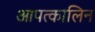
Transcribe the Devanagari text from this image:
आपत्कालिन